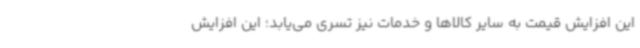
این افزایش قیمت به سایر کالاها و خدمات نیز تسری می‌یابد؛ این افزایش